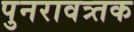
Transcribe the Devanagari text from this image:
पुनरावत्र्तक